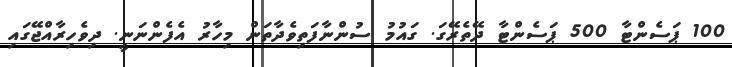
100 ޕަސެންޓާ 500 ޕަސެންޓާ ދޭތެރޭގަ. ގައުމު ސުންނާފަތިވެދާތަން މިހާރު އެފެންނަނީ. ދިވެހިރާއްޖޭގައި